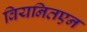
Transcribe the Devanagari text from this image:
वियनितएन